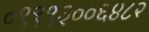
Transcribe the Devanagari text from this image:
०९९९३००६४८२